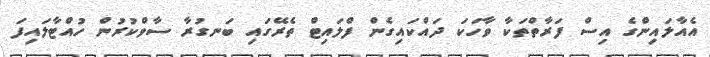
އެއާލައިންގެ އިސް ފަރާތްތަކާ ވާހަކަ ދައްކައިގެން ފްލައިޓް ތެރޭގައި ބަނގުރާ ސާވްކުރުން ހުއްޓާލައިފަ